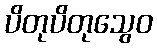
ပိတုပိတုသွေဝ